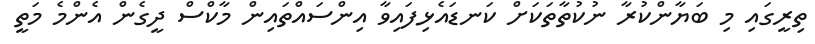
ތިރީގައި މި ބަޔާންކުރާ ނުކުތާތަކަށް ކަނޑައެޅިފައިވާ އިންސައްތައިން މާކްސް ދީގެން އެންމެ މަތީ